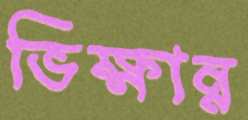
ভিক্ষান্ন